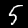
Label: 5